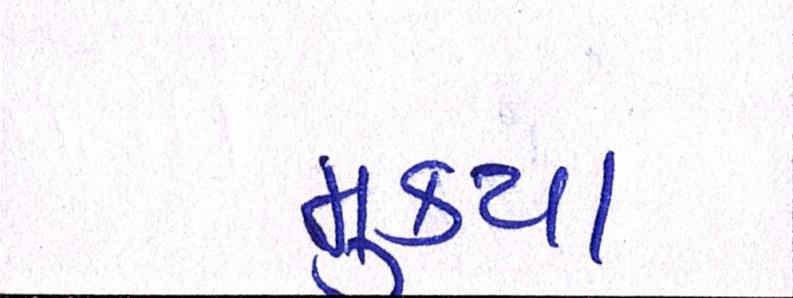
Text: મુક્યા